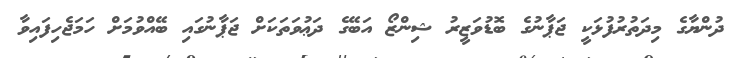
ދުންޔާގެ މިދަތުރުފުޅަކީ ޖަޕާނުގެ ބޮޑުވަޒީރު ޝިންޒޯ އަބޭގެ ދަޢުވަތަކަށް ޖަޕާނުގައި ބޭއްވުމަށް ހަމަޖެހިފައިވާ